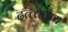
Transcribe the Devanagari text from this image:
दत्त्त्तात्रय